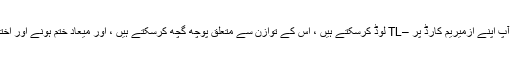
"ازمیریم کارڈ" مینو کے ذریعے ، آپ اپنے ازمیریم کارڈ پر –TL لوڈ کرسکتے ہیں ، اس کے توازن سے متعلق پوچھ گچھ کرسکتے ہیں ، اور میعاد ختم ہونے اور اختتامی معلومات کو دیکھ سکتے ہیں۔